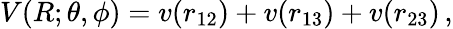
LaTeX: V(R;\theta,\phi)=v(r_{12})+v(r_{13})+v(r_{23})\, ,